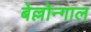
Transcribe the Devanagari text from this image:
बेल्लोन्गाल